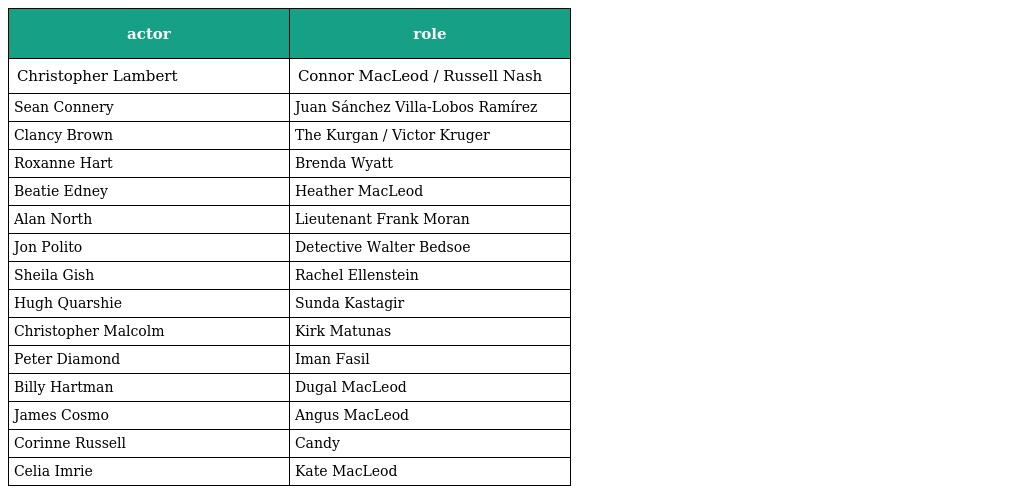
| actor | role |
 | --- | --- |
 | Christopher Lambert | Connor MacLeod / Russell Nash |
 | Sean Connery | Juan Sánchez Villa-Lobos Ramírez |
 | Clancy Brown | The Kurgan / Victor Kruger |
 | Roxanne Hart | Brenda Wyatt |
 | Beatie Edney | Heather MacLeod |
 | Alan North | Lieutenant Frank Moran |
 | Jon Polito | Detective Walter Bedsoe |
 | Sheila Gish | Rachel Ellenstein |
 | Hugh Quarshie | Sunda Kastagir |
 | Christopher Malcolm | Kirk Matunas |
 | Peter Diamond | Iman Fasil |
 | Billy Hartman | Dugal MacLeod |
 | James Cosmo | Angus MacLeod |
 | Corinne Russell | Candy |
 | Celia Imrie | Kate MacLeod |